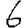
Digit: 6